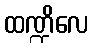
ထဏ္ဍိလေ